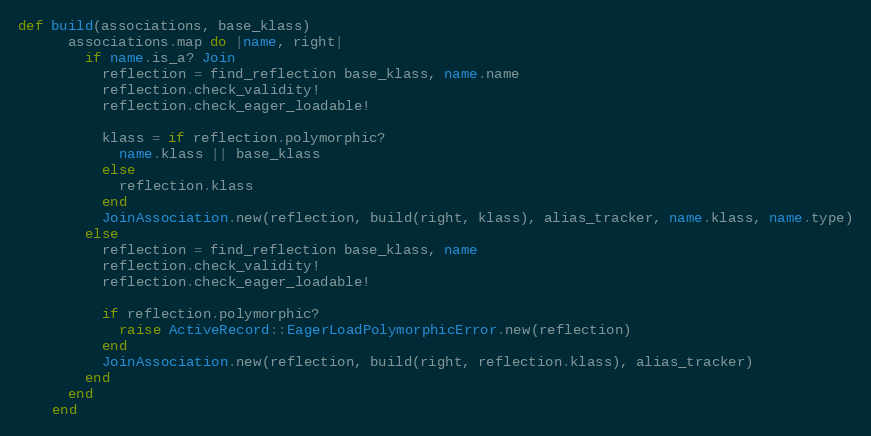
Language: Ruby
def build(associations, base_klass)
      associations.map do |name, right|
        if name.is_a? Join
          reflection = find_reflection base_klass, name.name
          reflection.check_validity!
          reflection.check_eager_loadable!

          klass = if reflection.polymorphic?
            name.klass || base_klass
          else
            reflection.klass
          end
          JoinAssociation.new(reflection, build(right, klass), alias_tracker, name.klass, name.type)
        else
          reflection = find_reflection base_klass, name
          reflection.check_validity!
          reflection.check_eager_loadable!

          if reflection.polymorphic?
            raise ActiveRecord::EagerLoadPolymorphicError.new(reflection)
          end
          JoinAssociation.new(reflection, build(right, reflection.klass), alias_tracker)
        end
      end
    end